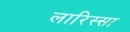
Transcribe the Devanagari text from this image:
लारिस्सा